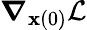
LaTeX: \boldsymbol\nabla_{\mathbf x(0)}\mathcal L